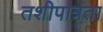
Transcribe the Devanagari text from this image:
तशीपात्रता